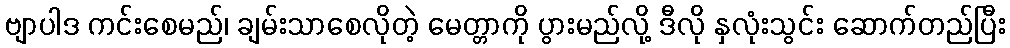
ဗျာပါဒ ကင်းစေမည်၊ ချမ်းသာစေလိုတဲ့ မေတ္တာကို ပွားမည်လို့ ဒီလို နှလုံးသွင်း ဆောက်တည်ပြီး